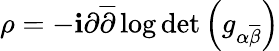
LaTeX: \rho=-\mathbf{i}\partial{\overline{{{\partial}}}}\log\operatorname*{det}\left(g_{\alpha{\overline{{{\beta}}}}}\right)